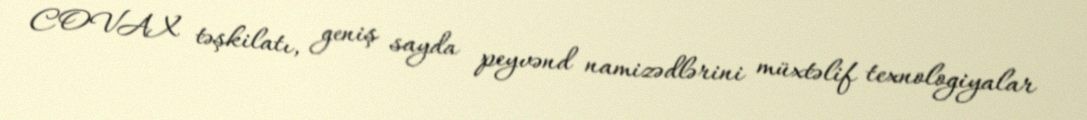
COVAX təşkilatı, geniş sayda peyvənd namizədlərini müxtəlif texnologiyalar